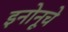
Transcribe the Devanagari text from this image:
इनोनूचे